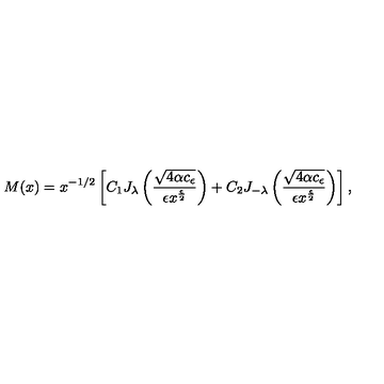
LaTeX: M ( x ) = x ^ { - 1 / 2 } \left[ C _ { 1 } J _ { \lambda } \left( \frac { \sqrt { 4 \alpha c _ { \epsilon } } } { \epsilon x ^ { \frac { \epsilon } { 2 } } } \right) + C _ { 2 } J _ { - { \lambda } } \left( \frac { \sqrt { 4 \alpha c _ { \epsilon } } } { \epsilon x ^ { \frac { \epsilon } { 2 } } } \right) \right] ,